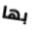
بها